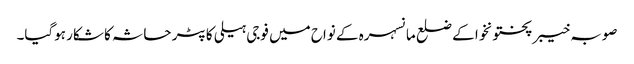
صوبہ خیبر پختونخوا کے ضلع مانسہرہ کے نواح میں فوجی ہیلی کاپٹر حاثہ کا شکار ہوگیا۔